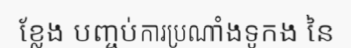
ខ្លែង បញ្ចប់ការប្រណាំងទូកង នៃ